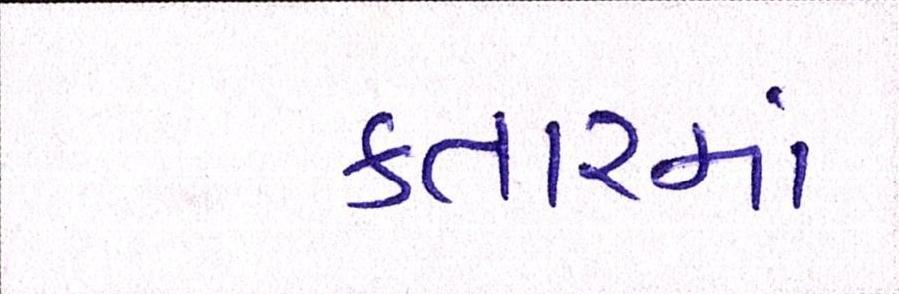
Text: કતારમાં